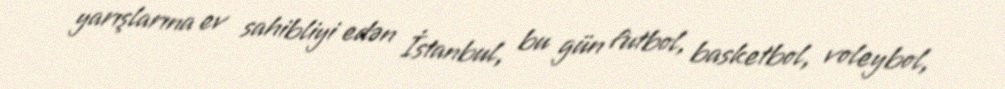
yarışlarına ev sahibliyi edən İstanbul, bu gün futbol, basketbol, voleybol,